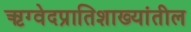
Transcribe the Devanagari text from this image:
ऋग्वेदप्रातिशाख्यांतील